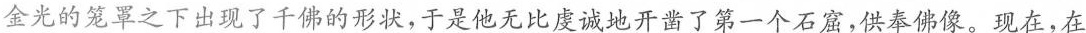
金光的笼罩之下出现了千佛的形状，于是他无比虔诚地开凿了第一个石窟，供奉佛像。现在，在